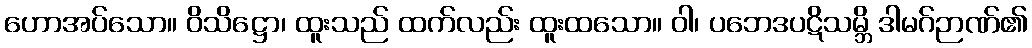
ဟောအပ်သော။ ဝိသိဋ္ဌော၊ ထူးသည် ထက်လည်း ထူးထသော။ ဝါ၊ ပဘေဒပဋိသမ္ဘိ ဒါမဂ်ဉာဏ်၏